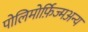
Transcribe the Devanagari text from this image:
पोलिमोर्फ़िज्मअन्य